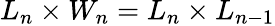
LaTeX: L_{n}\times W_{n}=L_{n}\times L_{n-1}